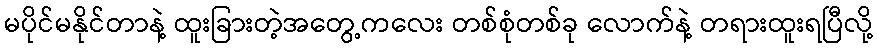
မပိုင်မနိုင်တာနဲ့ ထူးခြားတဲ့အတွေ့ကလေး တစ်စုံတစ်ခု လောက်နဲ့ တရားထူးရပြီလို့